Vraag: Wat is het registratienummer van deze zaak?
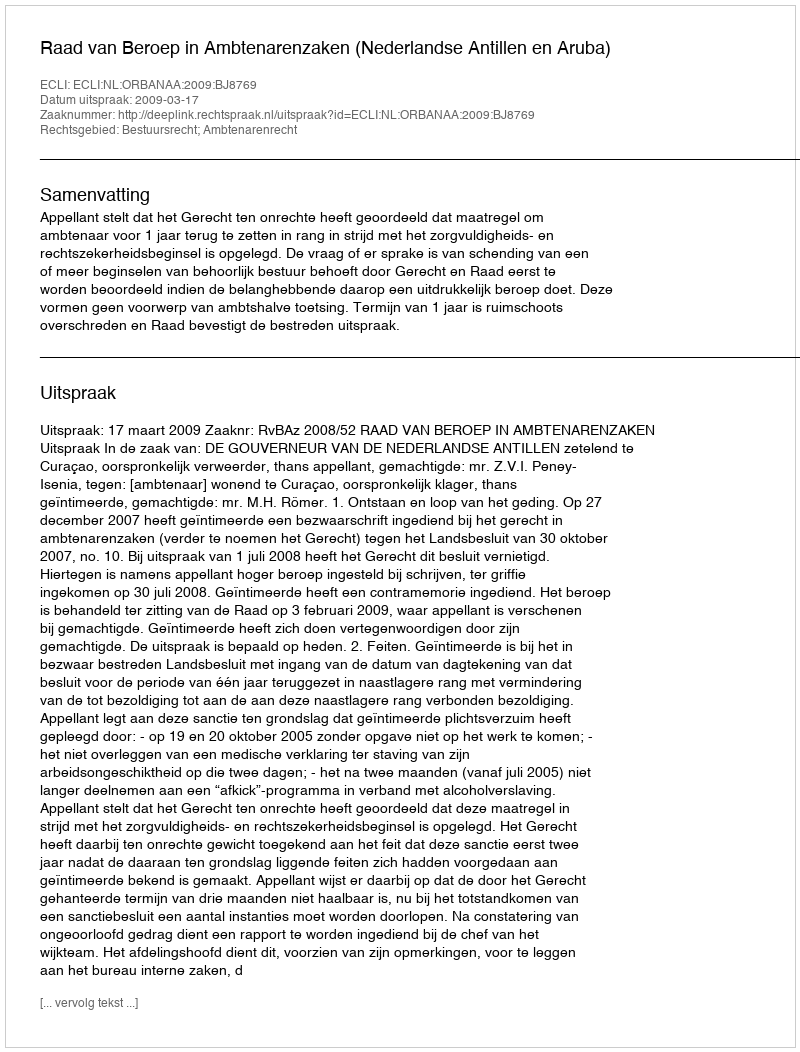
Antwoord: http://deeplink.rechtspraak.nl/uitspraak?id=ECLI:NL:ORBANAA:2009:BJ8769